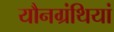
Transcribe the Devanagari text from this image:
यौनग्रंथियां